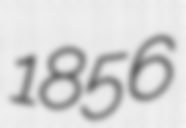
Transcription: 1856